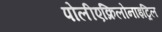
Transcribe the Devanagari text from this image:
पोलीएक्रिलोनाइट्रिल